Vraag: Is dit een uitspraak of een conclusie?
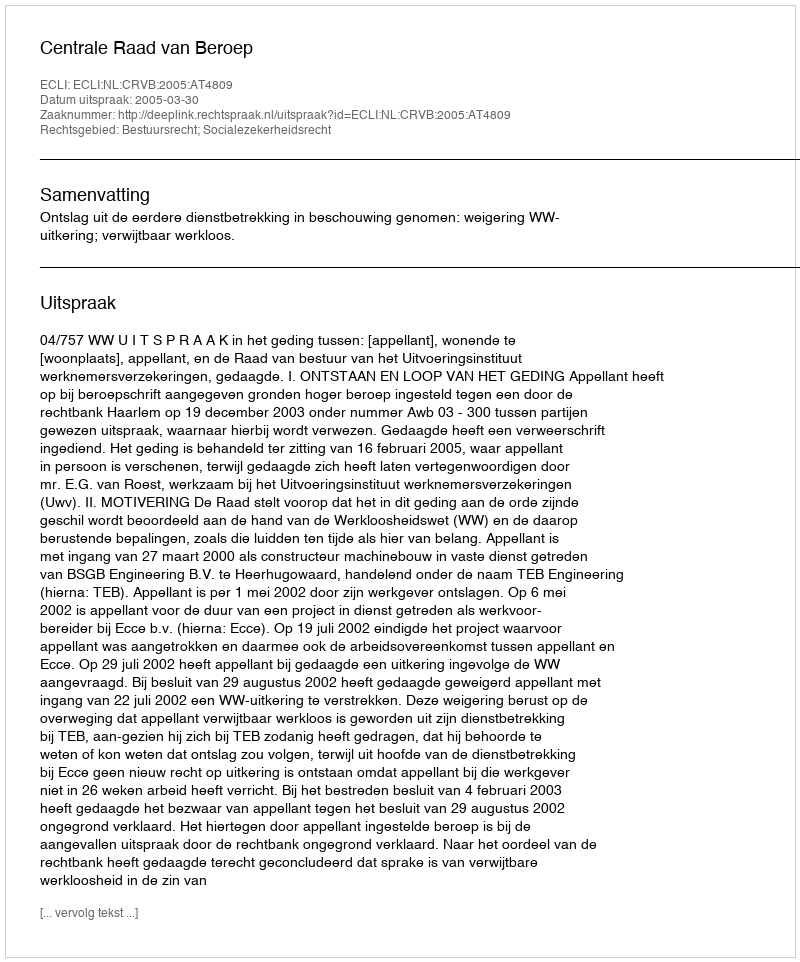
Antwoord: Uitspraak